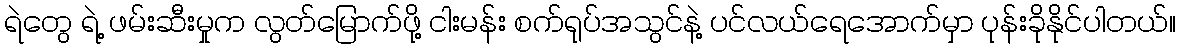
ရဲတွေ ရဲ့ ဖမ်းဆီးမှုက လွတ်မြောက်ဖို့ ငါးမန်း စက်ရုပ်အသွင်နဲ့ ပင်လယ်ရေအောက်မှာ ပုန်းခိုနိုင်ပါတယ်။